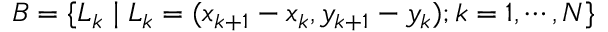
B = \{ \boldsymbol { L } _ { k } \mid \boldsymbol { L } _ { k } = ( x _ { k + 1 } - x _ { k } , y _ { k + 1 } - y _ { k } ) ; k = 1 , \cdots , N \}